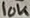
Text: 10K